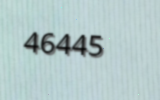
46445